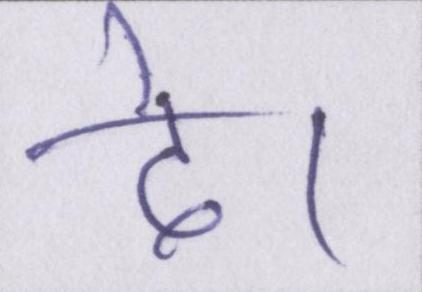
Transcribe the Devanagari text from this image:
दे।